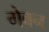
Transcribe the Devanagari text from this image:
गेबन